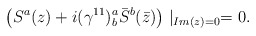
\begin{align*} \left(S^a(z)+i(\gamma^{11})^a_b\bar{S}^b(\bar{z})\right)\mid_{Im(z)=0}=0.\end{align*}